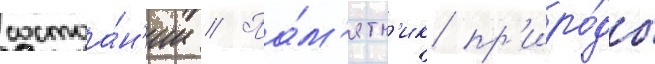
состоа́н'ии // Па́м'ятн'ик пр'иро́ды